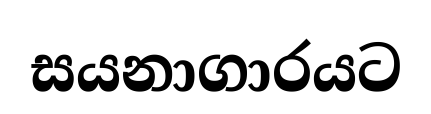
සයනාගාරයට